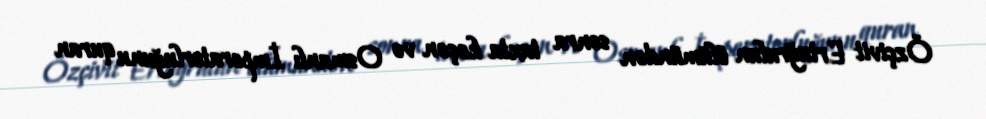
Özçivit Ertuğrulun ölümündən sonra taxta keçən və Osmanlı İmperatorluğunu quran